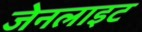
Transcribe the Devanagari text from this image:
जेनलाइट